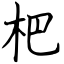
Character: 杷